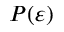
P ( \varepsilon )